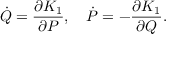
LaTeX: \dot { Q } = \frac { \partial K _ { 1 } } { \partial P } , ~ ~ ~ \dot { P } = - \frac { \partial K _ { 1 } } { \partial Q } .